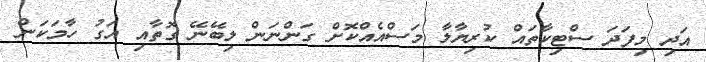
އަދި މިފަދަ ސްޓިކާތައް ކުރިޔާލާ މަސްއެއްކޮށް ގަންނަން ލިބޭނޭ ގޮތާއި އަގު ހާމަކަން